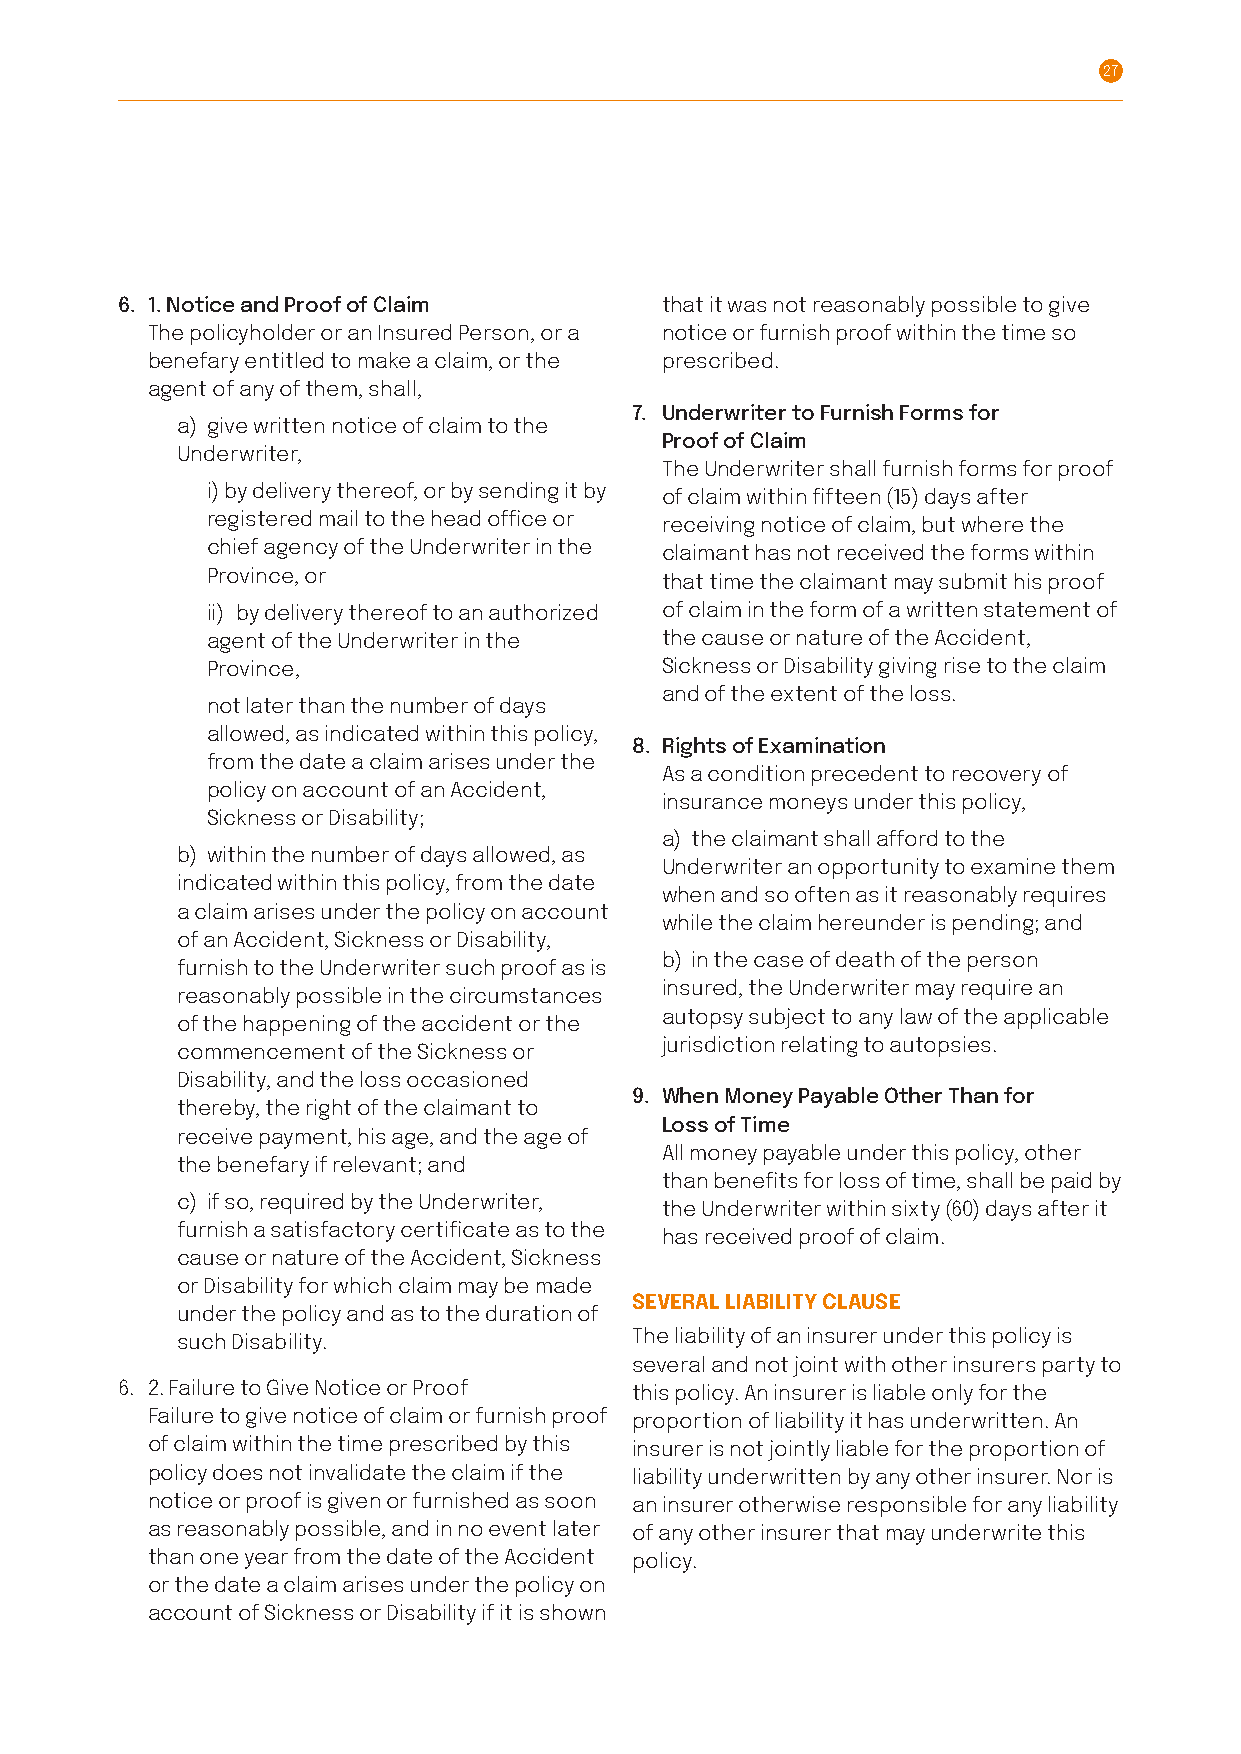
27
 6. 1 . Notice and Proof of Claim    that it was not reasonably possible to give
 T he policyholder or an Insured Person, or a notice or furnish proof within the time so
 benefary entitled to make a claim, or the prescribed.
 agent of any of them, shall,
 7. U nderwriter to Furnish Forms for
 a) give written notice of claim to the
 Proof of Claim
 Underwriter,
 T he Underwriter shall furnish forms for proof
 i ) by delivery thereof, or by sending it by of claim within fifteen (15) days after
 registered mail to the head office or receiving notice of claim, but where the
 chief agency of the Underwriter in the claimant has not received the forms within
 Province, or                  that time the claimant may submit his proof
 i i) by delivery thereof to an authorized of claim in the form of a written statement of
 agent of the Underwriter in the the cause or nature of the Accident,
 Province,                     Sickness or Disability giving rise to the claim
 and of the extent of the loss .
 n ot later than the number of days
 allowed, as indicated within this policy,
 8. Rights of Examination
 from the date a claim arises under the
 A s a condition precedent to recovery of
 policy on account of an Accident,
 insurance moneys under this policy,
 Sickness or Disability;
 a ) the claimant shall afford to the
 b) within the number of days allowed, as
 Underwriter an opportunity to examine them
 indicated within this policy, from the date
 when and so often as it reasonably requires
 a claim arises under the policy on account
 while the claim hereunder is pending; and
 of an Accident, Sickness or Disability,
 b ) in the case of death of the person
 furnish to the Underwriter such proof as is
 insured, the Underwriter may require an
 reasonably possible in the circumstances
 autopsy subject to any law of the applicable
 of the happening of the accident or the
 jurisdiction relating to autopsies.
 commencement of the Sickness or
 Disability, and the loss occasioned
 9. W hen Money Payable Other Than for
 thereby, the right of the claimant to
 Loss of Time
 receive payment, his age, and the age of
 A ll money payable under this policy, other
 the benefary if relevant; and
 than benefits for loss of time, shall be paid by
 c) if so, required by the Underwriter,
 the Underwriter within sixty (60) days after it
 furnish a satisfactory certificate as to the
 has received proof of claim .
 cause or nature of the Accident, Sickness
 or Disability for which claim may be made
 SEVERAL LIABILITY CLAUSE
 under the policy and as to the duration of
 such Disability.              The liability of an insurer under this policy is
 several and not joint with other insurers party to
 6 . 2 . Failure to Give Notice or Proof this policy. An insurer is liable only for the
 F ailure to give notice of claim or furnish proof proportion of liability it has underwritten. An
 of claim within the time prescribed by this insurer is not jointly liable for the proportion of
 policy does not invalidate the claim if the liability underwritten by any other insurer. Nor is
 notice or proof is given or furnished as soon an insurer otherwise responsible for any liability
 as reasonably possible, and in no event later of any other insurer that may underwrite this
 than one year from the date of the Accident policy.
 or the date a claim arises under the policy on
 account of Sickness or Disability if it is shown